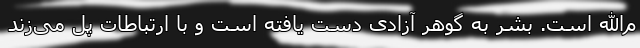
م‌الله است. بشر به گوهر آزادی دست یافته است و با ارتباطات پل می‌زند